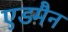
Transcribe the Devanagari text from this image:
एडमैन